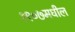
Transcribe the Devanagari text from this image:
१९०७मधील